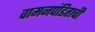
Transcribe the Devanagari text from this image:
वामनपंडिताची